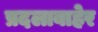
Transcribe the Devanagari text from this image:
प्रदलाबाहेर